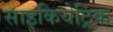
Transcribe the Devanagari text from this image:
साइकियेट्रिक